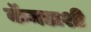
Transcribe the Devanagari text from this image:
कॅनडाशी